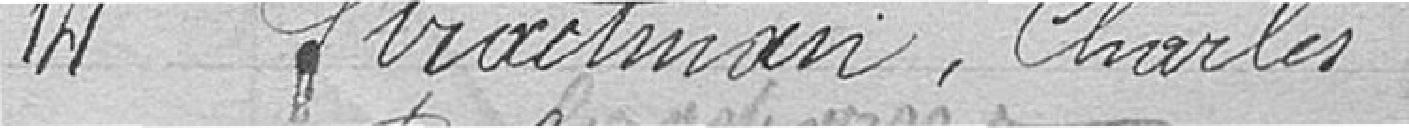
14. Stractman, Charles